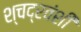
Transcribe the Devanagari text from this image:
श्चद्रवंशी